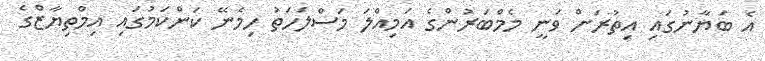
އެ ބަޔާނުގައި އިތުރަށް ވަނީ މެމްބަރުންގެ އަމިއްލަ މަސްލަހަތު ހިމެނޭ ކަންކަމުގައި އިމްތިޔާޒްގެ